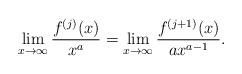
LaTeX: \begin{align*}\lim_{x \rightarrow \infty} \frac{f^{(j)}(x)}{x^{a}} = \lim_{x \rightarrow \infty} \frac{f^{(j+1)}(x)}{a x^{a-1}}.\end{align*}